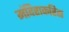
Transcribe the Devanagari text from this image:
मंदिराकरिता